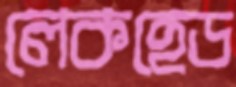
লেকহেড